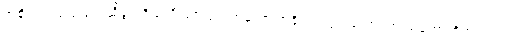
အစိုးရရဲ့ ပြောရေးဆိုခွင့် ရှိသူ ဦးဇော်ဌေးကတော့ အစိုးရ၊ လွှတ်တော်၊ တပ်မတော်တို့ဘက်က